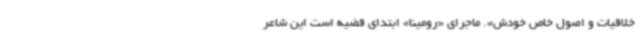
خلاقیات و اصول خاص خودش». ماجرای «رومینا» ابتدای قضیه است این شاعر